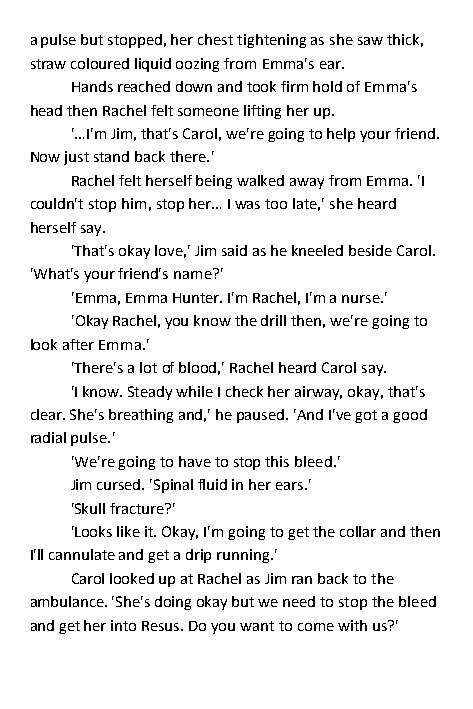
a pulse but stopped, her chest tightening as she saw thick,
 straw coloured liquid oozing from Emma's ear.
 Hands reached down and took firm hold of Emma's
 head then Rachel felt someone lifting her up.
 '…I'm Jim, that's Carol, we're going to help your friend.
 Now just stand back there.'
 Rachel felt herself being walked away from Emma. 'I
 couldn't stop him, stop her… I was too late,' she heard
 herself say.
 'That's okay love,' Jim said as he kneeled beside Carol.
 'What's your friend's name?'
 'Emma, Emma Hunter. I'm Rachel, I'm a nurse.'
 'Okay Rachel, you know the drill then, we're going to
 look after Emma.'
 'There's a lot of blood,' Rachel heard Carol say.
 'I know. Steady while I check her airway, okay, that's
 clear. She's breathing and,' he paused. 'And I've got a good
 radial pulse.'
 'We're going to have to stop this bleed.'
 Jim cursed. 'Spinal fluid in her ears.'
 'Skull fracture?'
 'Looks like it. Okay, I'm going to get the collar and then
 I'll cannulate and get a drip running.'
 Carol looked up at Rachel as Jim ran back to the
 ambulance. 'She's doing okay but we need to stop the bleed
 and get her into Resus. Do you want to come with us?'